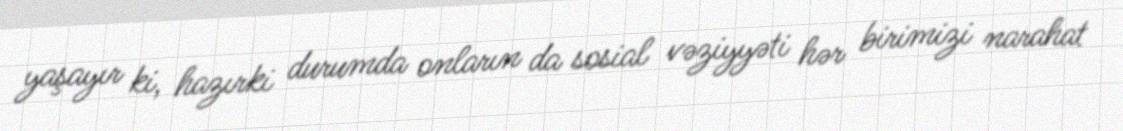
yaşayır ki, hazırki durumda onların da sosial vəziyyəti hər birimizi narahat